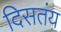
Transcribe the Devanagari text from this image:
दिसतंय